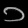
Digit: ၁